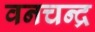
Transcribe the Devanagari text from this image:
वनचन्द्र